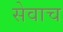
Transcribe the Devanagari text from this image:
सेवाच